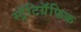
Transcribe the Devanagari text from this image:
स्ट्रॅटिग्रॅफिक